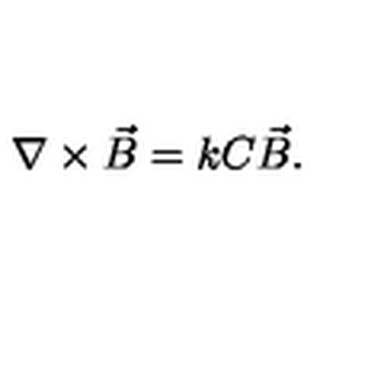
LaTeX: \nabla \times \vec { B } = k C \vec { B } .